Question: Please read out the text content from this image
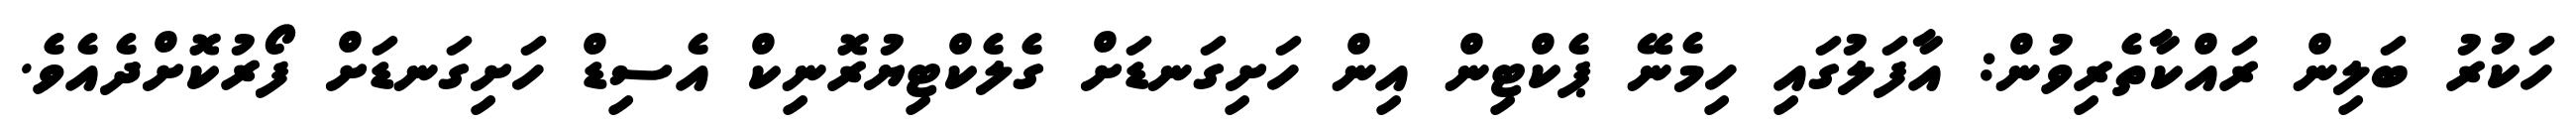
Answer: ހަކުރު ބަލިން ރައްކާތެރިވުން: އާފަލުގައި ހިމެނޭ ޕެކްޓިން އިން ހަށިގަނޑަށް ގެލެކްޓިޔުރޮނިކް އެސިޑް ހަށިގަނޑަށް ފޯރުކޮށްދެއެވެ.